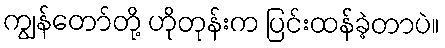
ကျွန်တော်တို့ ဟိုတုန်းက ပြင်းထန်ခဲ့တာပဲ။